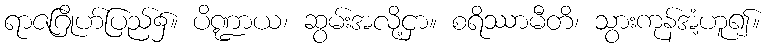
ရာဇဂြိုဟ်ပြည်၌။ ပိဏ္ဍာယ၊ ဆွမ်းအလို့ငှာ။ စရိဿာမီတိ၊ သွားကုန်အံ့ဟူ၍။